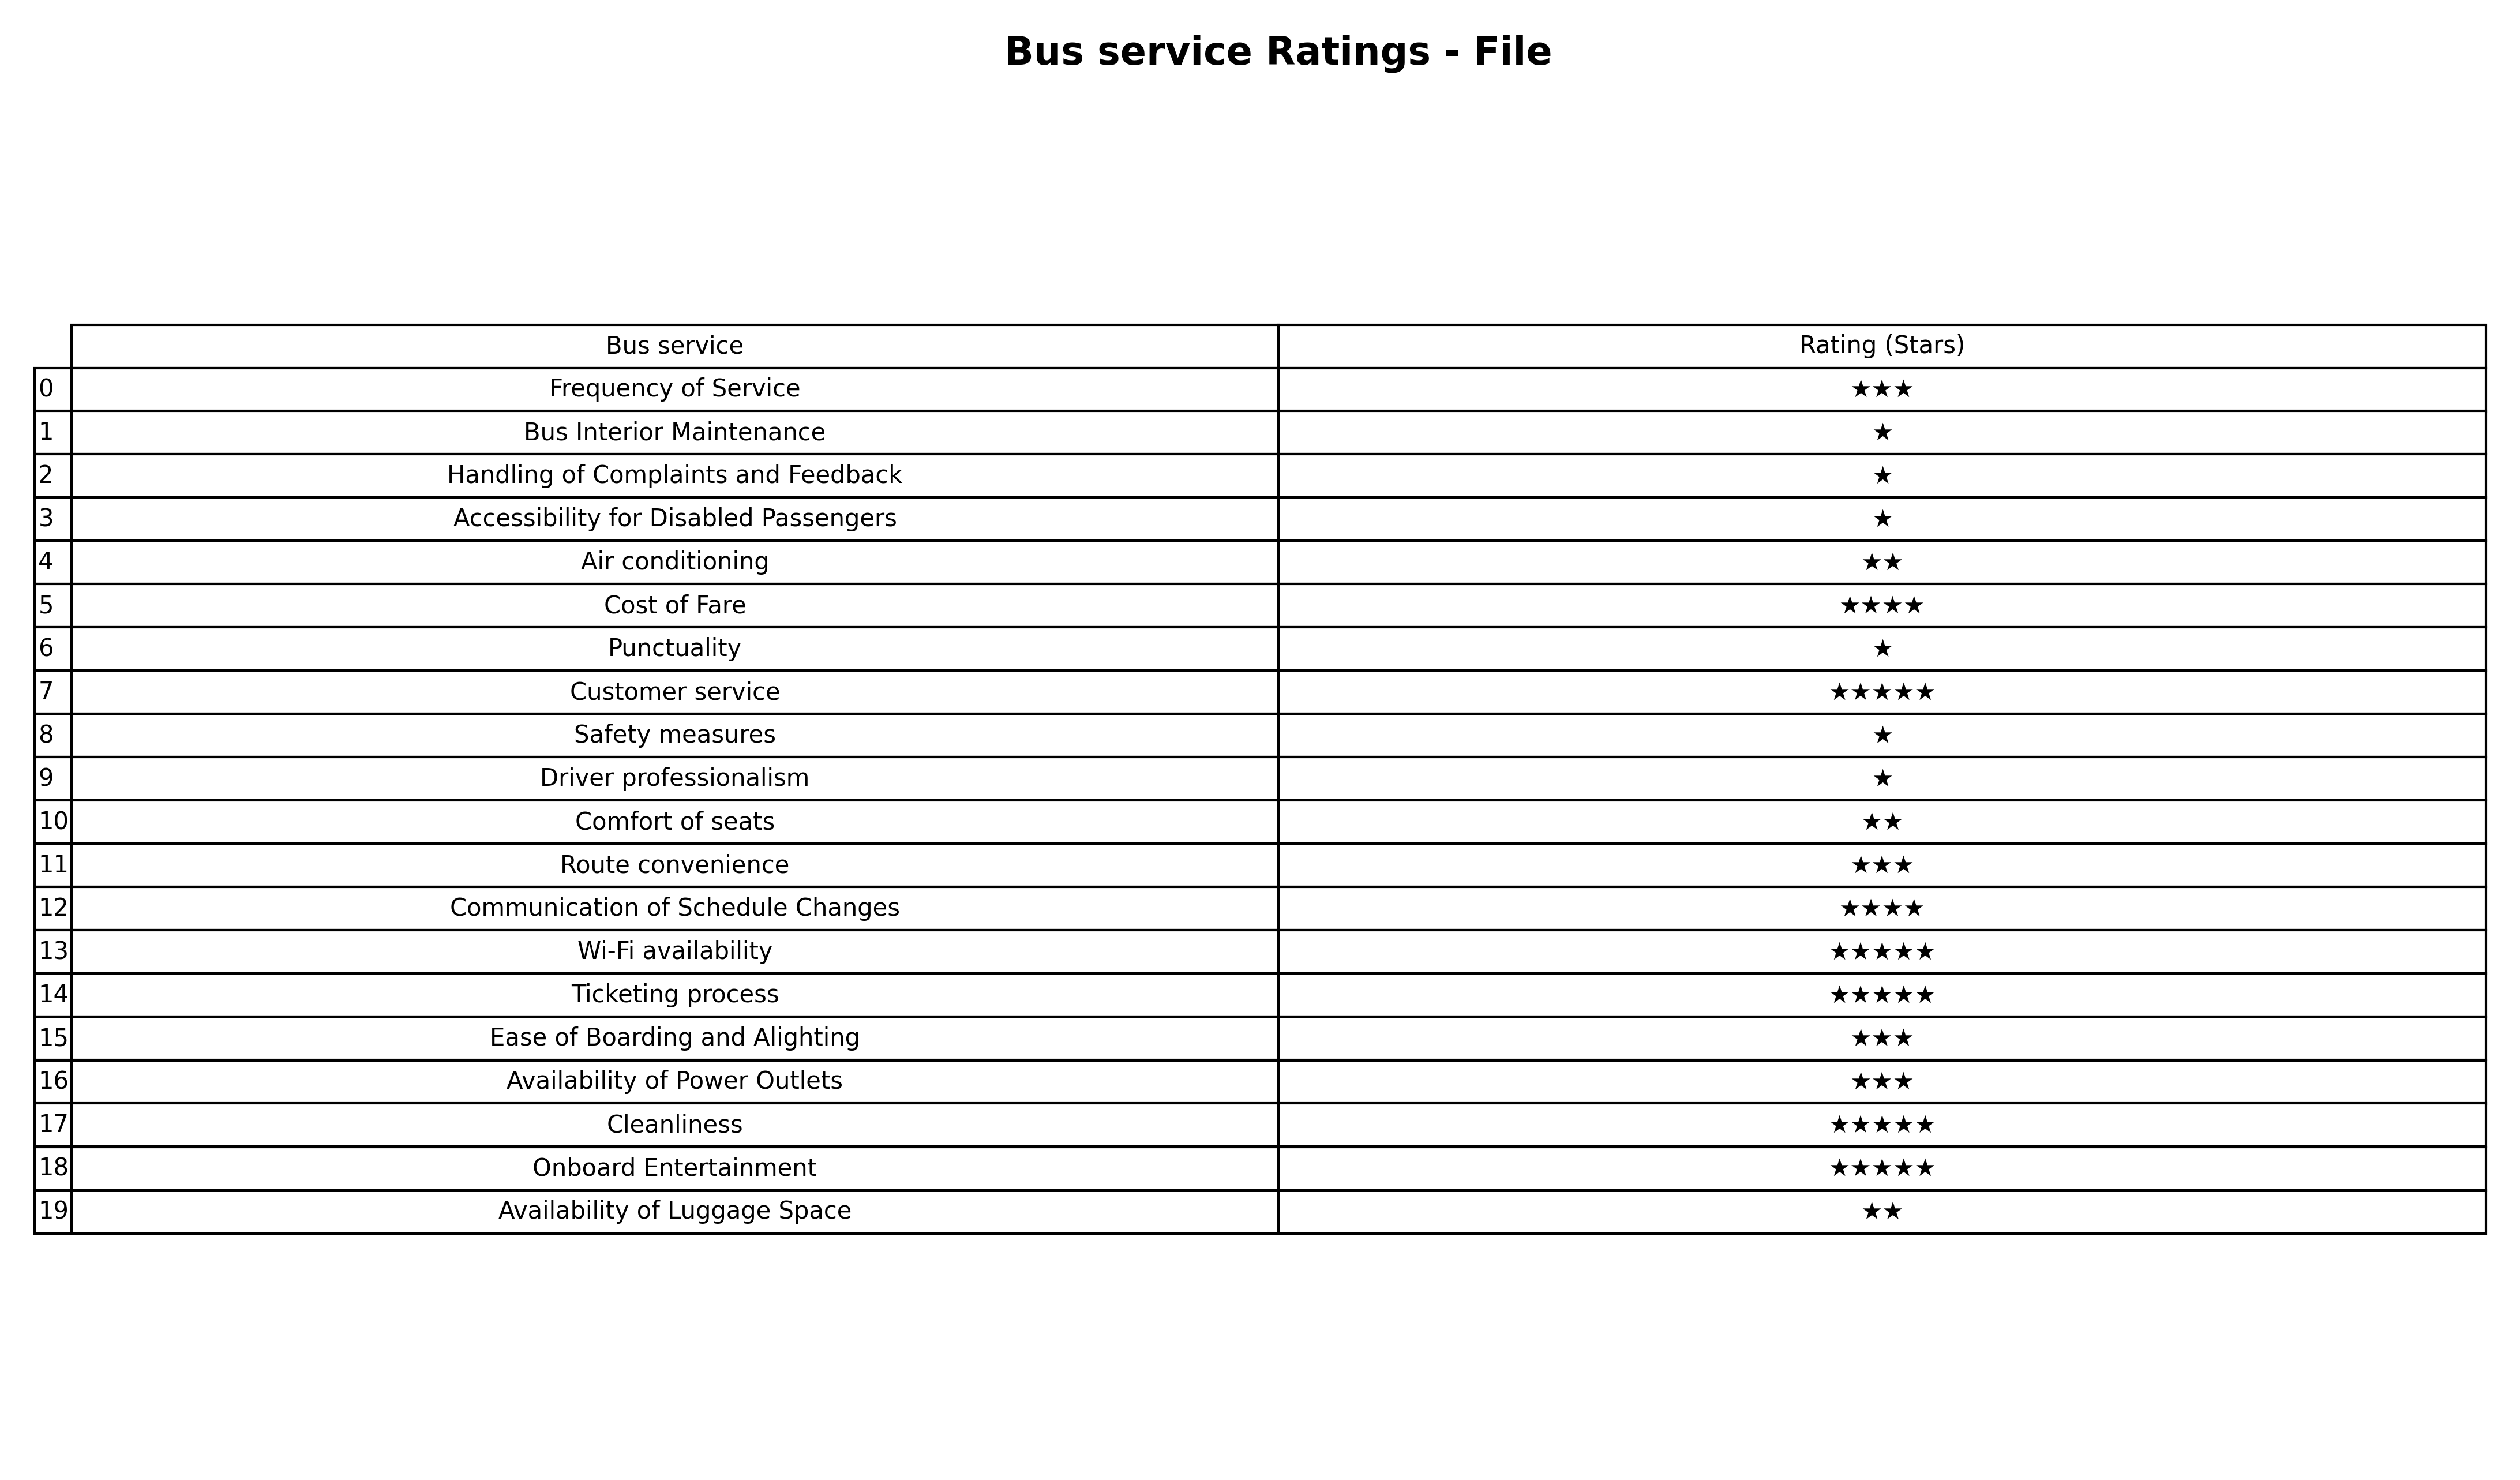
question: What is the rating of Cleanliness?
answer: ★★★★★